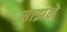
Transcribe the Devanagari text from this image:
साझने